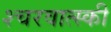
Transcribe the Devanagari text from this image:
श्चरवात्स्की